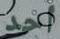
أحد